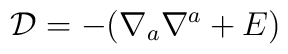
{\cal D}=-(\nabla_a\nabla^a +E)